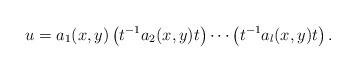
LaTeX: \begin{align*} u = a_1(x,y)\left(t^{-1}a_2(x,y)t\right)\cdots \left(t^{-1}a_l(x,y)t\right).\end{align*}